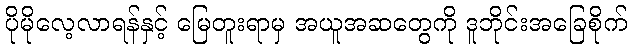
ပိုမိုလေ့လာရန်နှင့် မြေတူးရာမှ အယူအဆတွေကို ဒူဘိုင်းအခြေစိုက်